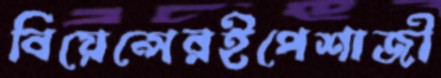
বিয়েন্সেরইপেশাজী